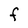
Character: F